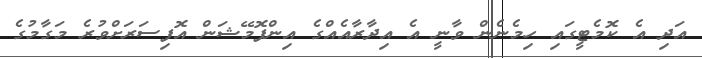
އަދި އެ ކޮމެޓީގައި ހިމެނެން ވާނީ އެ އިދާރާއެއްގެ އިންފޮމޭޝަން އޮފިސަރަށްވުރެ މަގާމުގެ